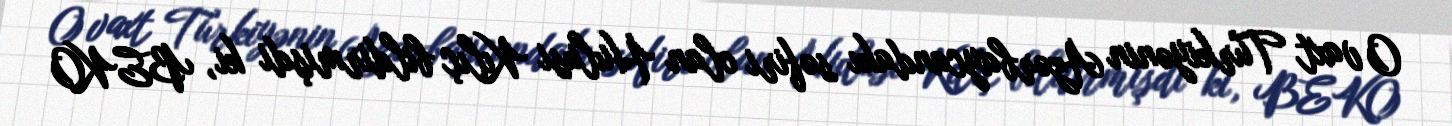
O vaxt Türkiyənin Azərbaycandakı səfiri olan Hulusi Kılıç bildirmişdi ki, BEKO